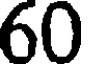
60